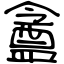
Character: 盦